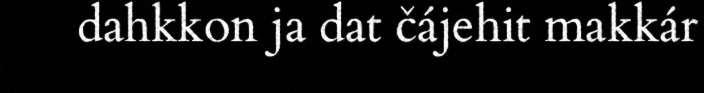
dahkkon ja dat čájehit makkár